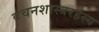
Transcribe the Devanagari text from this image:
वचनशास्त्ररहस्य